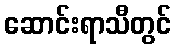
ဆောင်းရာသီတွင်